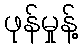
ဖုန်မှုန့်